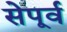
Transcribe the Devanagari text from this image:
सेपूर्व